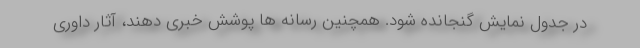
در جدول نمایش گنجانده شود. همچنین رسانه ها پوشش خبری دهند، آثار داوری